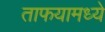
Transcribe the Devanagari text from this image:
ताफयामध्ये